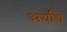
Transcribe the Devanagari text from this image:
अर्थांचे